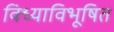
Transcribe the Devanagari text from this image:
विध्याविभूषित